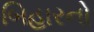
બિહારનો